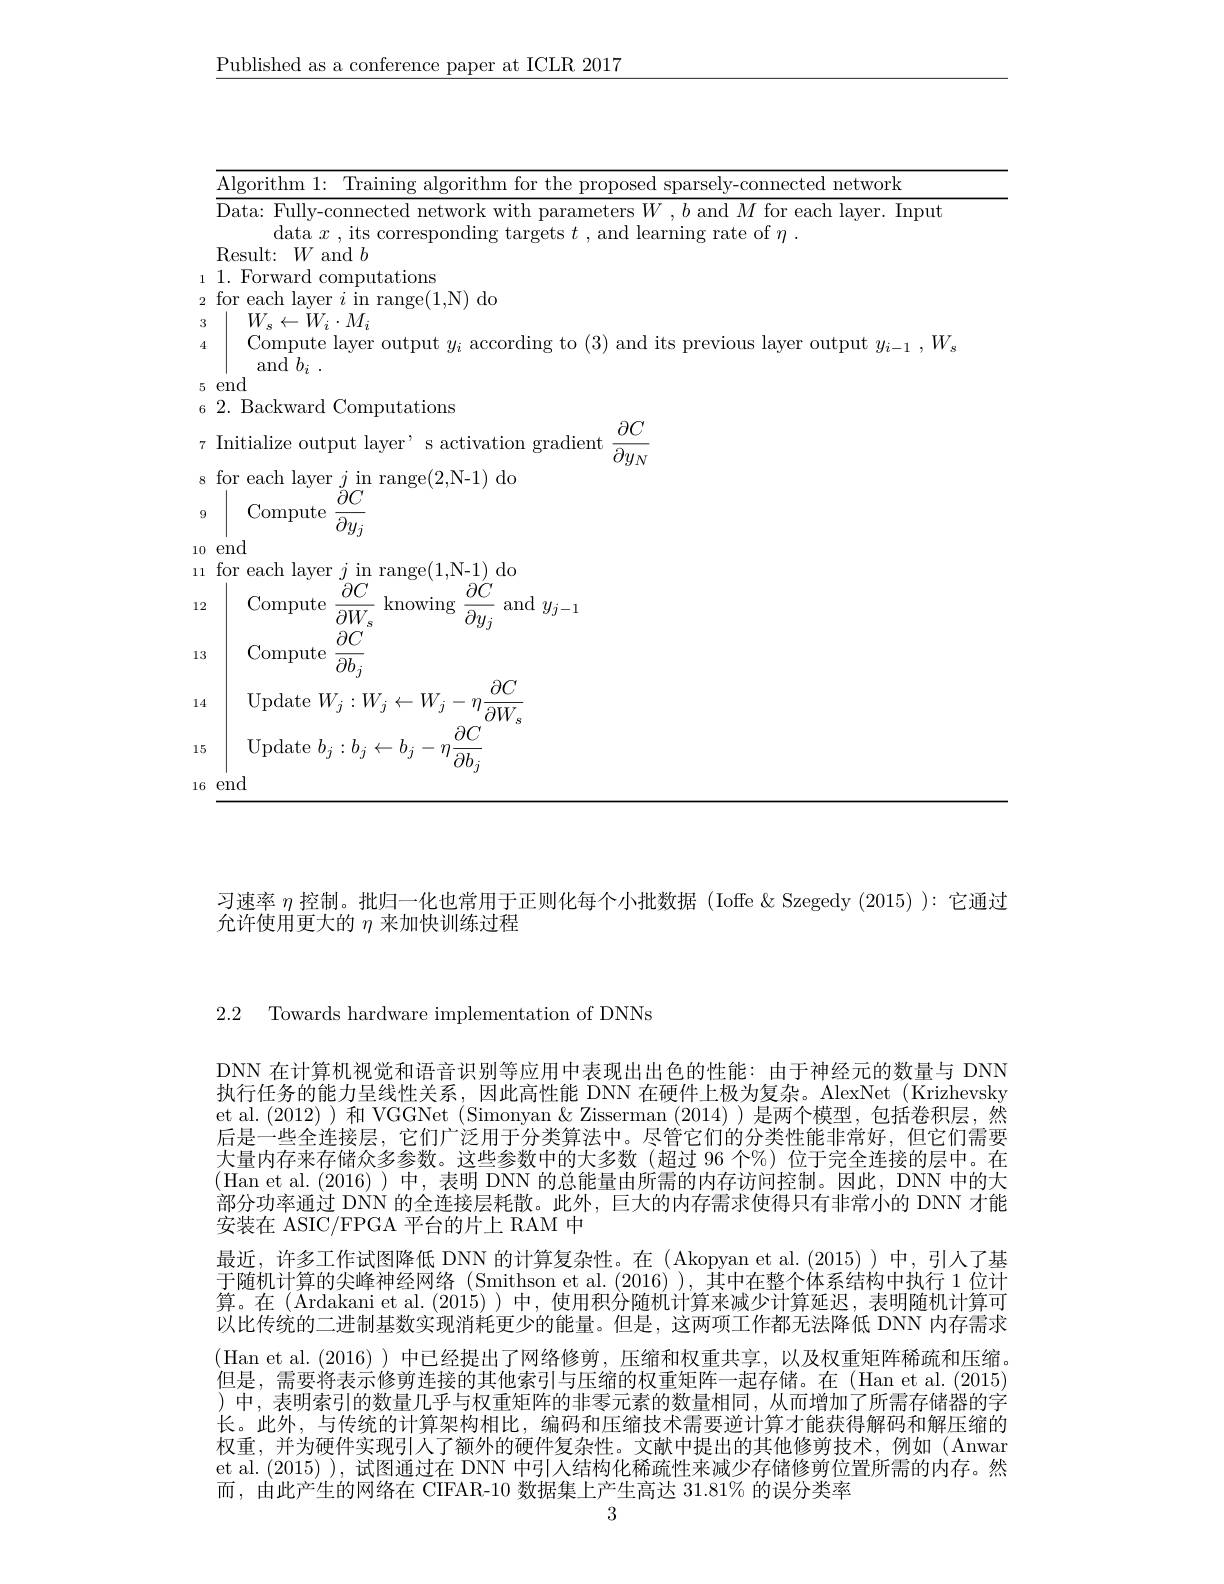
$\underline{\text{Published as a conference paper at ICLR 2017}}$

<table>
	<tbody>
		<tr>
			<td>A| gorithm 1: $\because$Training aloorithm $\textbf{ for the proposed sparselv- connected network}$</td>
		</tr>
		<tr>
			<td>Compute layer output $y_i$ according to (3) and its previous layer output $y_i-1,W_s$ $\operatorname { and} b_{i}$ .</td>
		</tr>
		<tr>
			<td>end</td>
		</tr>
		<tr>
			<td>Backward Jomputations $\partial C$</td>
		</tr>
		<tr>
			<td>Initialize output layer $\cdot$ s activation gradient $\overline{\partial y_{N}}$</td>
		</tr>
		<tr>
			<td>${\mathrm{range}}(2$,N-1)${\mathrm{do}}$ $\sigma y_{N}$ for each $|aver$</td>
		</tr>
		<tr>
			<td>Comput</td>
		</tr>
		<tr>
			<td>${\mathit{U}y_{j}}$ ond</td>
		</tr>
		<tr>
			<td>for each laver ranoral (1,N-1) do</td>
		</tr>
		<tr>
			<td>Compute $\partial C$ knowing $\partial C$ and $y_{j-1}$ $\overline{\partial W_{s}}$ $\overline{\partial y_j}$</td>
		</tr>
		<tr>
			<td>Compute $\dot{\partial}C$ $\overline{\partial b_{i}}$</td>
		</tr>
		<tr>
			<td>${\mathrm{Update~}}W_{j}:W]$ $W$ $\ddot{d}($ $\partial W.$</td>
		</tr>
		<tr>
			<td>$\mathop{\mathrm{Update~}}b_{j}$ $\ddot{d}($ $\cdot\eta.$ $\partial b$</td>
		</tr>
		<tr>
			<td>end</td>
		</tr>
	</tbody>
</table>

习速率$\eta$控制。批归一化也常用于正则化每个小批数据(Ioffe &Szegedy (2015) ):它通过
允许使用更大的$\eta$来加快训练过程

2.2 Towards hardware implementation of DNNs

DNN 在计算机视觉和语音识别等应用中表现出出色的性能：由于神经元的数量与 DNN 执行任务的能力呈线性关系，因此高性能 DNN 在硬件上极为复杂。AlexNet (Krizhevsky et al.(2012))和 VGGNet (Simonyan & Zisserman (2014))是两个模型，包括卷积层，然后是一些全连接层，它们广泛用于分类算法中。尽管它们的分类性能非常好，但它们需要大量内存来存储众多参数。这些参数中的大多数(超过 96 个%)位于完全连接的层中。在(Han et al.(2016))中，表明 DNN的总能量由所需的内存访问控制。因此，DNN 中的大部分功率通过 DNN 的全连接层耗散。此外，巨大的内存需求使得只有非常小的 DNN 才能安装在 ASIC/FPGA 平台的片上 RAM 中
最近，许多工作试图降低 DNN 的计算复杂性。在 (Akopyan et al.(2015))中，引人了基于随机计算的尖峰神经网络(Smithson et al. (2016) ), 其中在整个体系结构中执行 1 位计算。在(Ardakani et al.(2015))中，使用积分随机计算来减少计算延迟，表明随机计算可以比传统的二进制基数实现消耗更少的能量。但是，这两项工作都无法降低 DNN 内存需求(Han et al.(2016) )中已经提出了网络修剪，压缩和权重共享，以及权重矩阵稀疏和压缩。但是，需要将表示修剪连接的其他索引与压缩的权重矩阵一起存储。在 (Han et al.(2015) )中，表明索引的数量几乎与权重矩阵的非零元素的数量相同，从而增加了所需存储器的字长。此外，与传统的计算架构相比，编码和压缩技术需要逆计算才能获得解码和解压缩的权重，并为硬件实现引人了额外的硬件复杂性。文献中提出的其他修剪技术，例如(Anwar et al.(2015) ),试图通过在 DNN 中引人结构化稀疏性来减少存储修剪位置所需的内存。然而，由此产生的网络在 CIFAR-10 数据集上产生高达 31.81% 的误分类率
3